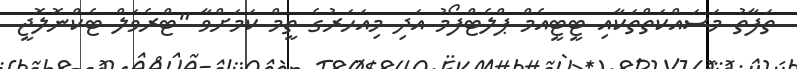
ތަފާތު މަސައްކަތްތަކާއި ޓީޓީއެމް ޕްލެޓްފޯމު އަދި މިއަހަރުގެ ތީމް ކަމަށްވާ "ޓްރެވަލް ޓެކްނޮލޮޖީ